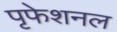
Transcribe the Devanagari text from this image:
पृफेशनल